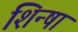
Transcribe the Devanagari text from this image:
शिन्षा